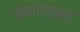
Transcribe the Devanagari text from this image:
मेघासारखा